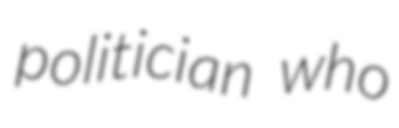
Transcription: politician who